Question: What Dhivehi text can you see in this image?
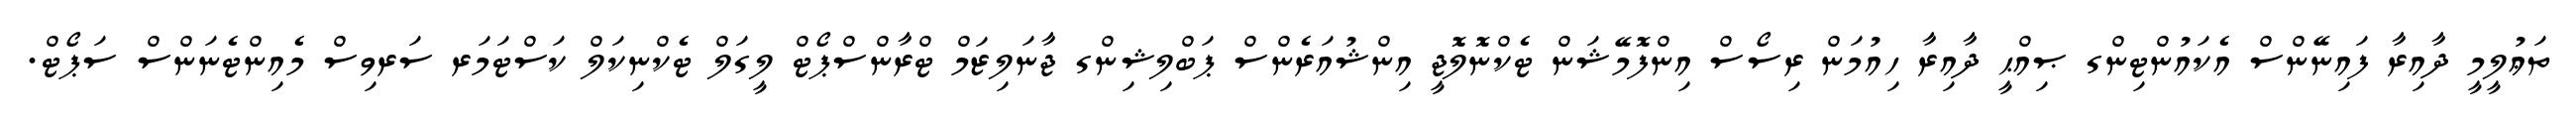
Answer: ތަޢުލީމީ ދާއިރާ ފައިނޭންސް އެކައުންޓިންގ ޞިއްޙީ ދާއިރާ ހިއުމަން ރިސޯސް އިންފޮމޭޝަން ޓެކްނޮލޮޖީ އިންޝުއަރެންސް ޕަބްލިޝިންގ ޖާނަލިޒަމް ޓްރާންސްޕޯޓް ލީގަލް ޓެކްނިކަލް ކަސްޓަމަރ ސަރވިސް މެއިންޓެނަންސް ސަޕޯޓް.